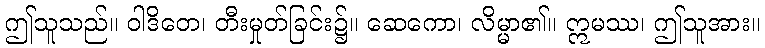
ဤသူသည်။ ဝါဒိတေ၊ တီးမှုတ်ခြင်း၌။ ဆေကော၊ လိမ္မာ၏။ ဣမဿ၊ ဤသူအား။